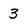
Character: 3